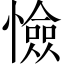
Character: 憸